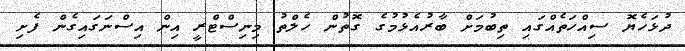
ދުޅަހެޔޮ ސިއްހަތެއްގައި ތިބުމަށް ބާރުއެޅުމުގެ ގޮތުން ހެލްތު މިނިސްޓްރީ އިން އިސްނަގައިގެން ފެށި